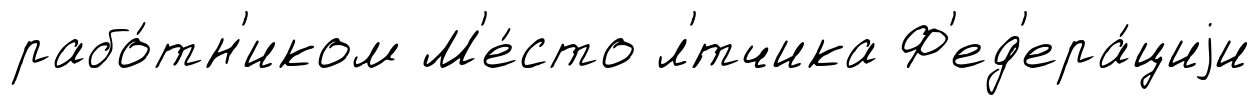
рабо́тн'иком М'е́сто л'́тчика Ф'ед'ера́циjи